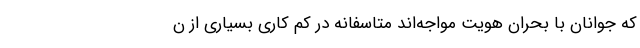
که جوانان با بحران هویت مواجه‌اند متاسفانه در کم کاری بسیاری از ن